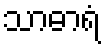
သာဓာရံ